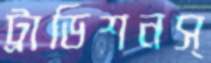
ট্রাডিশনস্